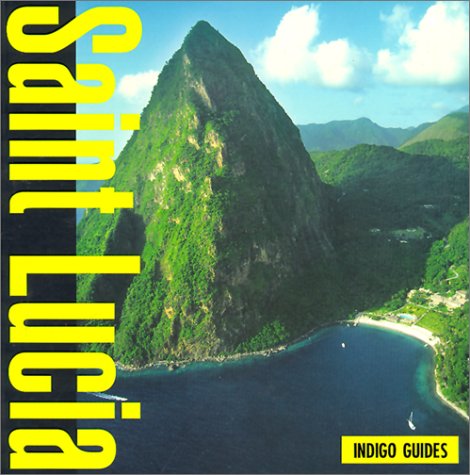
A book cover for Saint Lucia (Indigo Guide to St Lucia); Travel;